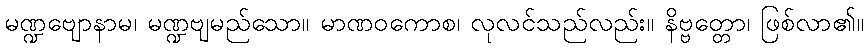
မဏ္ဍဗျောနာမ၊ မဏ္ဍဗျမည်သော။ မာဏဝကောစ၊ လုလင်သည်လည်း။ နိဗ္ဗတ္တော၊ ဖြစ်လာ၏။